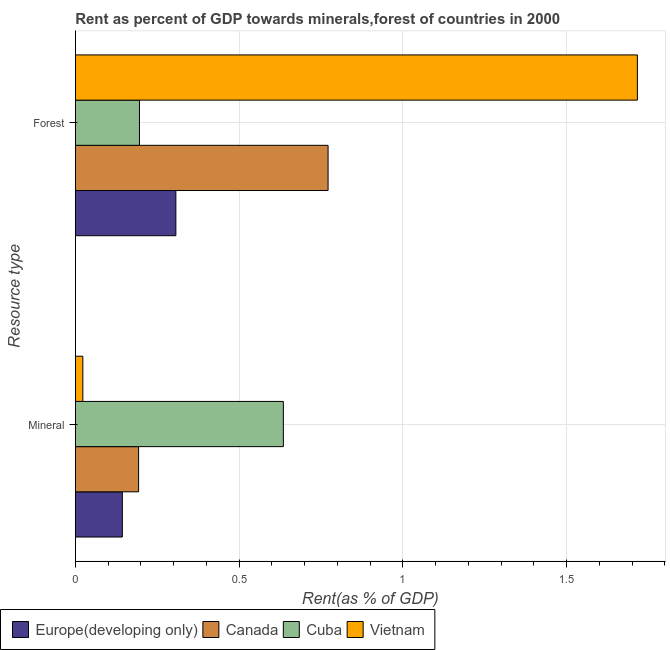
| Resource type | Europe(developing only) | Canada | Cuba | Vietnam |
 | --- | --- | --- | --- | --- |
 | Mineral | 0.144 | 0.193 | 0.635 | 0.023 |
 | Forest | 0.307 | 0.772 | 0.196 | 1.72 |